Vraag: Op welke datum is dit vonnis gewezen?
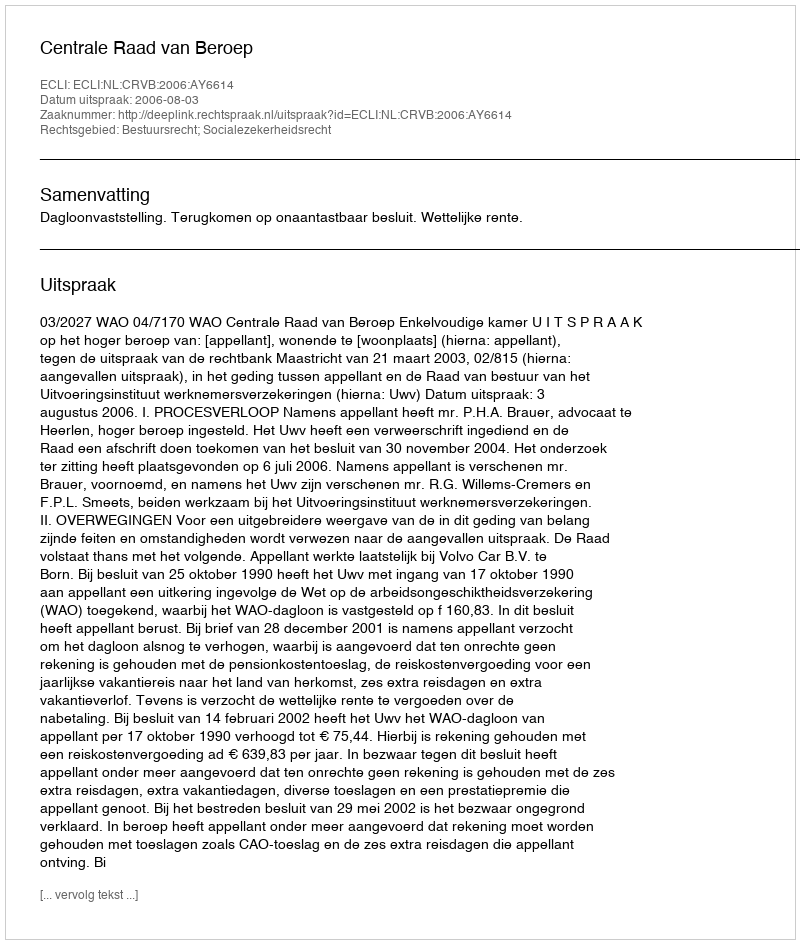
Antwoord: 2006-08-03